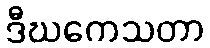
ဒီဃကေသတာ